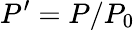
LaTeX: P^{\prime}=P/P_{0}